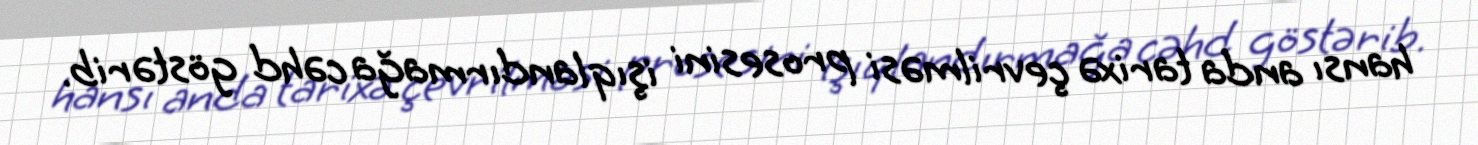
hansı anda tarixə çevrilməsi prosesini işıqlandırmağa cəhd göstərib.